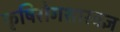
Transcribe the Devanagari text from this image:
कृषिरोगशास्त्रज्ञ